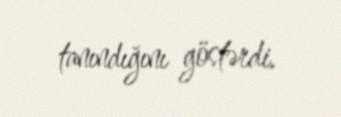
tanındığını göstərdi.